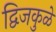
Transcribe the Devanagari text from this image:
द्विजकुळे